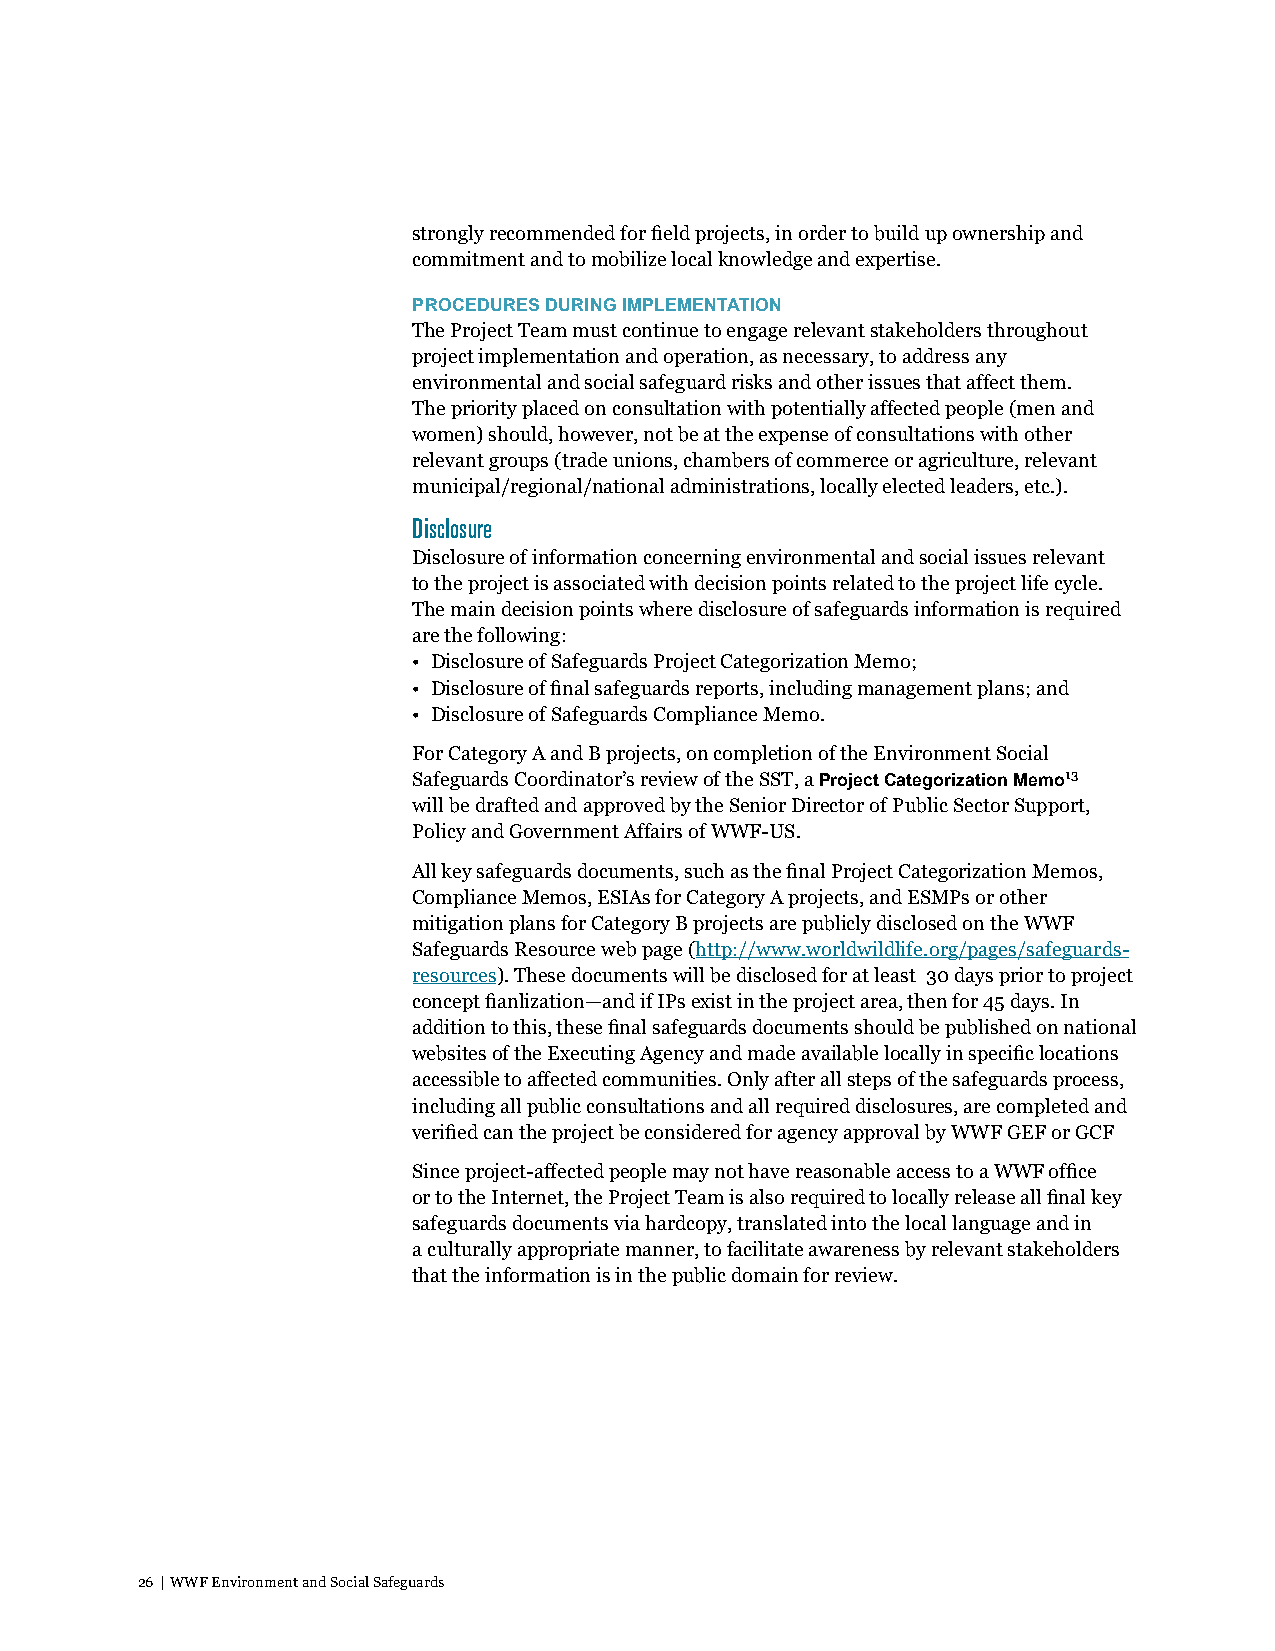
strongly recommended for field projects, in order to build up ownership and
 commitment and to mobilize local knowledge and expertise.
 PROCEDURES DURING IMPLEMENTATION
 The Project Team must continue to engage relevant stakeholders throughout
 project implementation and operation, as necessary, to address any
 environmental and social safeguard risks and other issues that affect them.
 The priority placed on consultation with potentially affected people (men and
 women) should, however, not be at the expense of consultations with other
 relevant groups (trade unions, chambers of commerce or agriculture, relevant
 municipal/regional/national administrations, locally elected leaders, etc.).
 Disclosure
 Disclosure of information concerning environmental and social issues relevant
 to the project is associated with decision points related to the project life cycle.
 The main decision points where disclosure of safeguards information is required
 are the following:
 • Disclosure of Safeguards Project Categorization Memo;
 • Disclosure of final safeguards reports, including management plans; and
 • Disclosure of Safeguards Compliance Memo.
 For Category A and B projects, on completion of the Environment Social
 Safeguards Coordinator’s review of the SST, a Project Categorization Memo13
 will be drafted and approved by the Senior Director of Public Sector Support,
 Policy and Government Affairs of WWF-US.
 All key safeguards documents, such as the final Project Categorization Memos,
 Compliance Memos, ESIAs for Category A projects, and ESMPs or other
 mitigation plans for Category B projects are publicly disclosed on the WWF
 Safeguards Resource web page (http://www.worldwildlife.org/pages/safeguards-
 resources). These documents will be disclosed for at least 30 days prior to project
 concept fianlization—and if IPs exist in the project area, then for 45 days. In
 addition to this, these final safeguards documents should be published on national
 websites of the Executing Agency and made available locally in specific locations
 accessible to affected communities. Only after all steps of the safeguards process,
 including all public consultations and all required disclosures, are completed and
 verified can the project be considered for agency approval by WWF GEF or GCF
 Since project-affected people may not have reasonable access to a WWF office
 or to the Internet, the Project Team is also required to locally release all final key
 safeguards documents via hardcopy, translated into the local language and in
 a culturally appropriate manner, to facilitate awareness by relevant stakeholders
 that the information is in the public domain for review.
 26 | WWF Environment and Social Safeguards